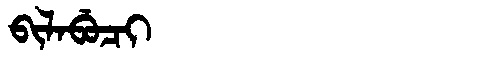
Manchu: ᠪᡳᠯᠠᠪᡠᠴᡳ
Romanization: BILABUCI